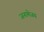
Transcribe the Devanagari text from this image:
जनामेजय